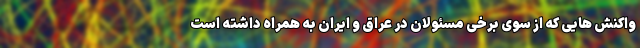
واکنش هایی که از سوی برخی مسئولان در عراق و ایران به همراه داشته است